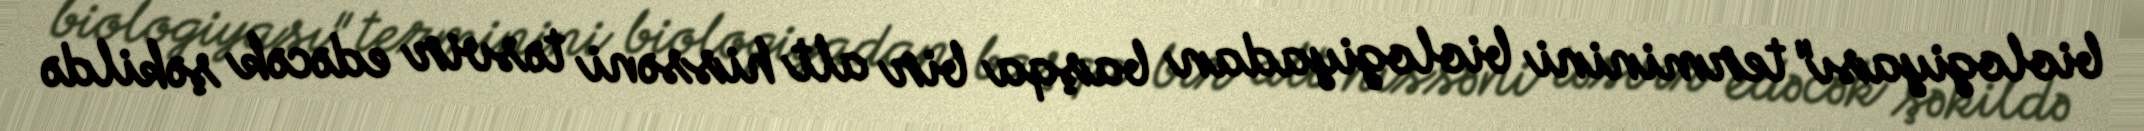
biologiyası" terminini biologiyadan başqa bir alt hissəni təsvir edəcək şəkildə